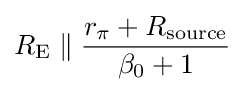
R_{\text{E}}\parallel {r_{\pi }+R_{\text{source}} \over \beta _{0}+1}